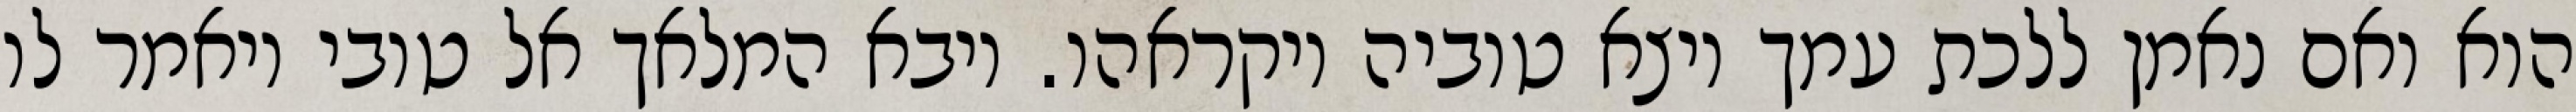
הוא ואם נאמן ללכת עמך ויצא טוביה ויקראהו. ויבא המלאך אל טובי ויאמר לו